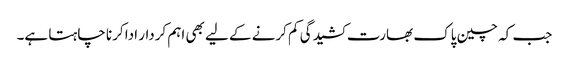
جب کہ چین پاک بھارت کشیدگی کم کرنے کے لیے بھی اہم کردار ادا کرنا چاہتا ہے۔